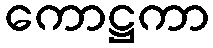
ကောဋ္ဌကာ